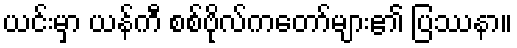
ယင်းမှာ ယန်ကီ စစ်ဗိုလ်ကတော်များ၏ ပြဿနာ။